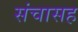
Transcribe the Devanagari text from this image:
संचासह